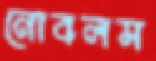
নোবলস